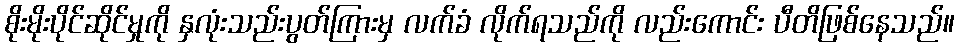
စိုးမိုးပိုင်ဆိုင်မှုကို နှလုံးသည်းပွတ်ကြားမှ လက်ခံ လိုက်ရသည်ကို လည်းကောင်း ပီတိဖြစ်နေသည်။